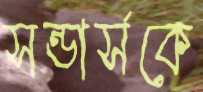
সন্ডার্সকে